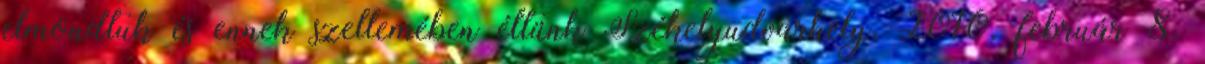
elmondtuk és ennek szellemében éltünk Székelyudvarhely, 2010. február 8.